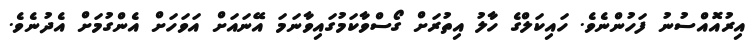
އިރުއޮއްސުނު ފަހުންނެވެ. ހައިކަލްގެ ހާލު އިތުރަށް ގޯސްވާކަމުގައިވާނަމަ އޭނައަށް އަވަހަށް އެންގުމަށް އެދުނެވެ.